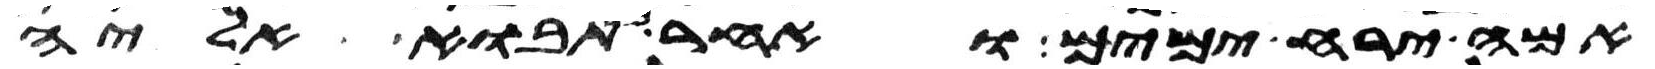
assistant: אמה ירח ימים ואחר כן תבוא אליה